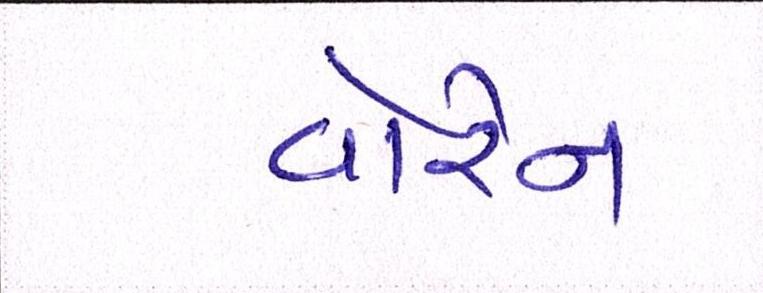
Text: વોરેન